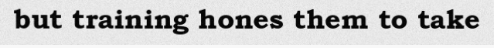
but training hones them to take